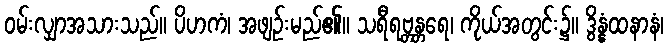
ဝမ်းလျှာအသားသည်။ ပိဟကံ၊ အဖျဉ်းမည်၏။ သရီရဗ္တန္တရေ၊ ကိုယ်အတွင်း၌။ ဒွိန္နံထနာနံ၊